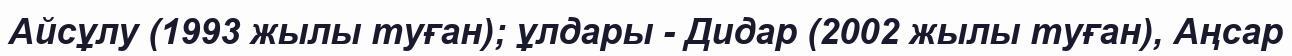
Айсұлу (1993 жылы туған); ұлдары - Дидар (2002 жылы туған), Аңсар